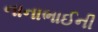
નાનાભાઈની